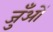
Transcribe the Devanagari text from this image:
जुँओं